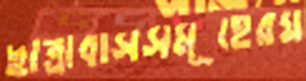
ছাত্রাবাসসমূহেরঘ